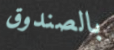
بالصندوق